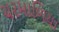
ચરમાળિયા